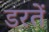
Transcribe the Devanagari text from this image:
डरतें